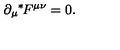
\partial _ { \mu } { } ^ { * } \! F ^ { \mu \nu } = 0 .